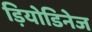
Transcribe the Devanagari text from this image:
ड़ियोडिनेज